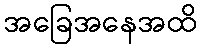
အခြေအနေအထိ